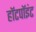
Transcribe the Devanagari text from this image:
हॉटपॉइंट